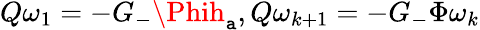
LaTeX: Q\omega_{1}=-G_{-}\Phih_{\mathtt{a}},Q\omega_{k+1}=-G_{-}\Phi\omega_{k}